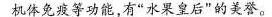
机体免疫等功能，有”水果皇后”的美誉。